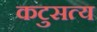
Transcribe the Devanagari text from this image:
कटुसत्य